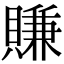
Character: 賺